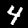
Digit: 4